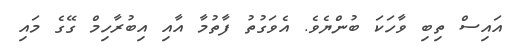
އައިސް ތިބި ވާހަކަ ބުންޔެވެ. އެވަގުތު ފާތުމާ އާއި އިބުރާހިމް ގޭގެ މައި